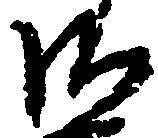
御